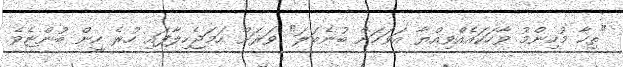
"ތިހާ މުހިންމު ވާހަކައެއްވިއްޔާ އަވަހަށް ބުނެބަލަ" ވަރަށް ހަމަޖެހިލާފައި ހުރެ ހީން ބުންޏެވެ.